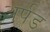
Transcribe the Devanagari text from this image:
अर्पड